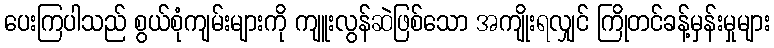
ပေးကြပါသည် စွယ်စုံကျမ်းများကို ကျူးလွန်ဆဲဖြစ်သော အကျိုးရလျှင် ကြိုတင်ခန့်မှန်းမှုများ